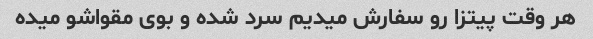
هر وقت پیتزا رو سفارش میدیم سرد شده و بوی مقواشو میده